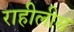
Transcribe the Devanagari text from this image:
राहीलीस